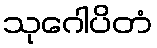
သုဂေါပိတံ